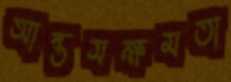
আন্তসক্ষমতা